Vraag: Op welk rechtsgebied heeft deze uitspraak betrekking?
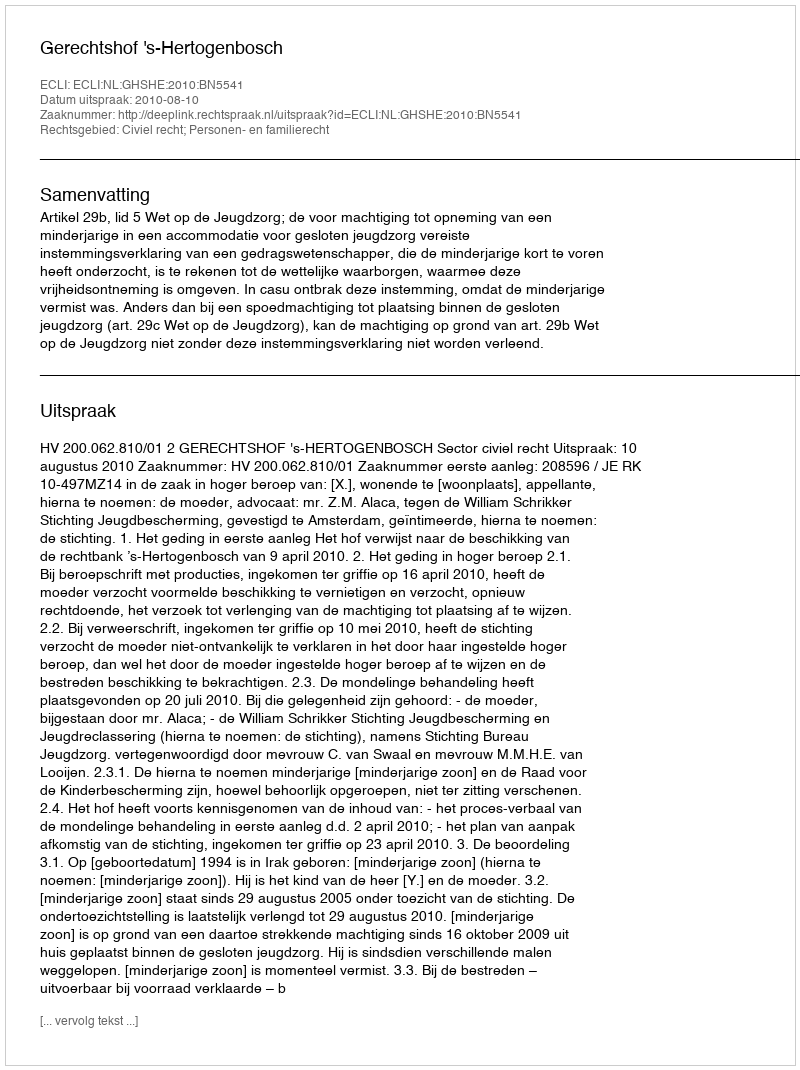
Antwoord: Civiel recht; Personen- en familierecht